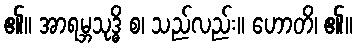
၏။ အာရမ္ဘသုဒ္ဓိ စ၊ သည်လည်း။ ဟောတိ၊ ၏။